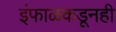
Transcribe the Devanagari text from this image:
इंफाळकडूनही